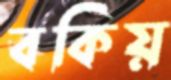
বকিয়